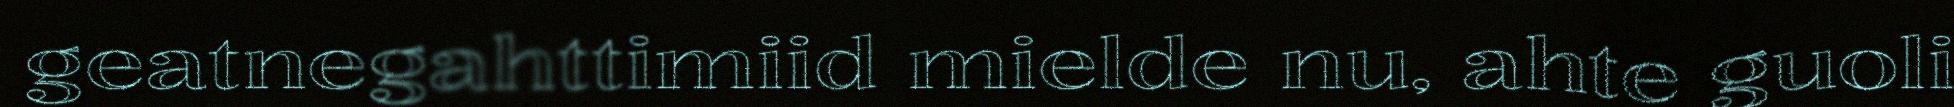
geatnegahttimiid mielde nu, ahte guoli